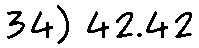
34) 42.42